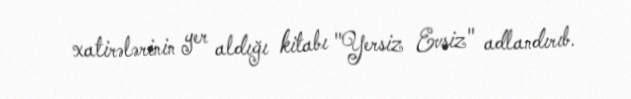
xatirələrinin yer aldığı kitabı "Yersiz Evsiz" adlandırıb.